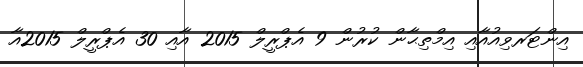
އިންޓަރވިއުއާއި އިމްތިޙާން ކުރުން 9 އެޕްރީލް 2015 އާއި 30 އެޕްރީލް 2015އާ